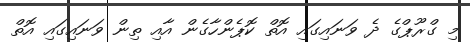
މި ގްރޫޕްގެ ދެ ވަނައިގައި އޮތް ކޮޕެންހާގެން އާއި ތިން ވަނައިގައި އޮތް